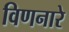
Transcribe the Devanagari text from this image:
विणनारे